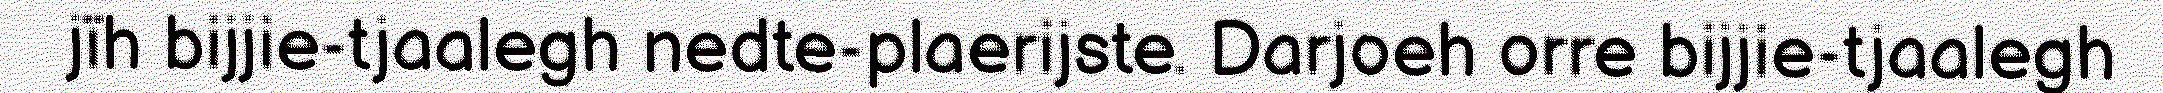
jïh bijjie-tjaalegh nedte-plaerijste. Darjoeh orre bijjie-tjaalegh